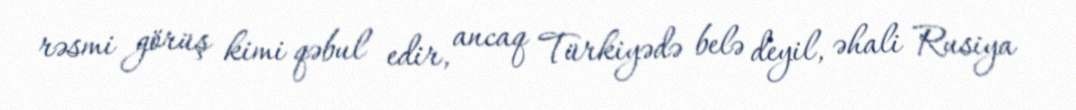
rəsmi görüş kimi qəbul edir, ancaq Türkiyədə belə deyil, əhali Rusiya